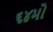
૬૪મો